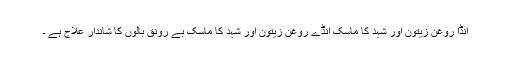
انڈا روغن زیتون اور شہد کا ماسک انڈے روغن زیتون اور شہد کا ماسک بے رونق بالوں کا شاندار علاج ہے ۔